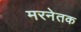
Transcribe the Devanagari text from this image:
मरनेतक